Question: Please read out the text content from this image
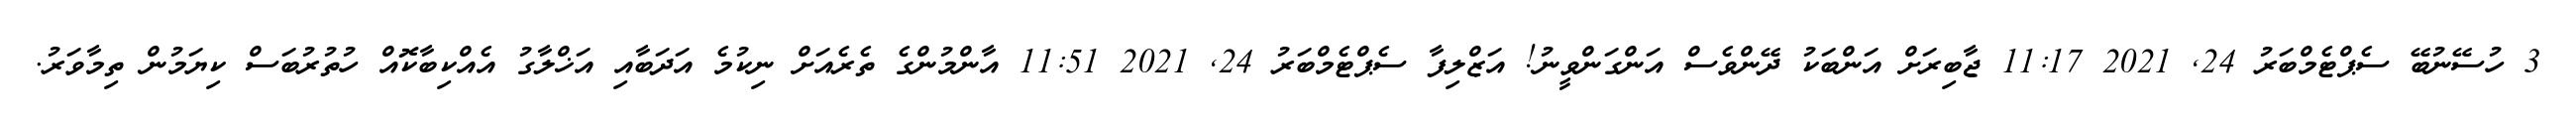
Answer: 3 ހުސޭނުބޭ ސެޕްޓެމްބަރު 24, 2021 11:17 ޖާބިރަށް އަންބަކު ދޭންވެސް އަންގަންވީނު! އަޒްލިފާ ސެޕްޓެމްބަރު 24, 2021 11:51 އާންމުންގެ ތެރެއަށް ނިކުމެ އަދަބާއި އަޚްލާގު އެއްކިބާކޮއް ހުތުރުބަސް ކިޔަމުން ތިމާވަރު.